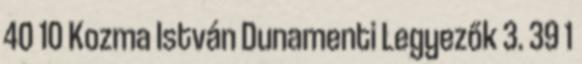
40 10 Kozma István Dunamenti Legyezők 3. 39 1